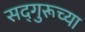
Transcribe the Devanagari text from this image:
सद्‌गुरूच्या